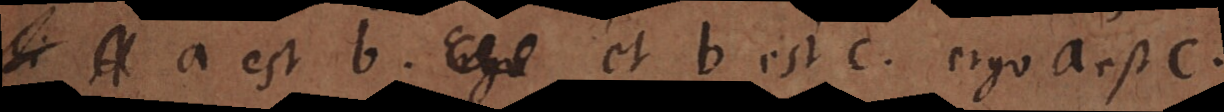
Si A a est b. Ergo et b est c. ergo a est c.